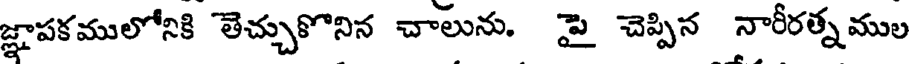
జ్ఞాపకములోనికి తెచ్చుకొనిన చాలును. పై చెప్పిన నారీరత్నముల